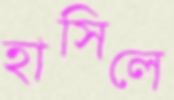
হাসিলে